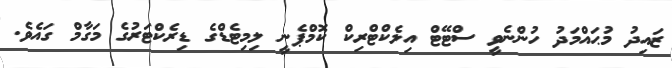
ޒައިދު މުޙައްމަދު ހުންނެވީ ސްޓޭޓް އިލެކްޓްރިކް ކޮމްޕެނީ ލިމިޓެޑްގެ ޑިރެކްޓަރުގެ މަގާމް ގައެވެ.